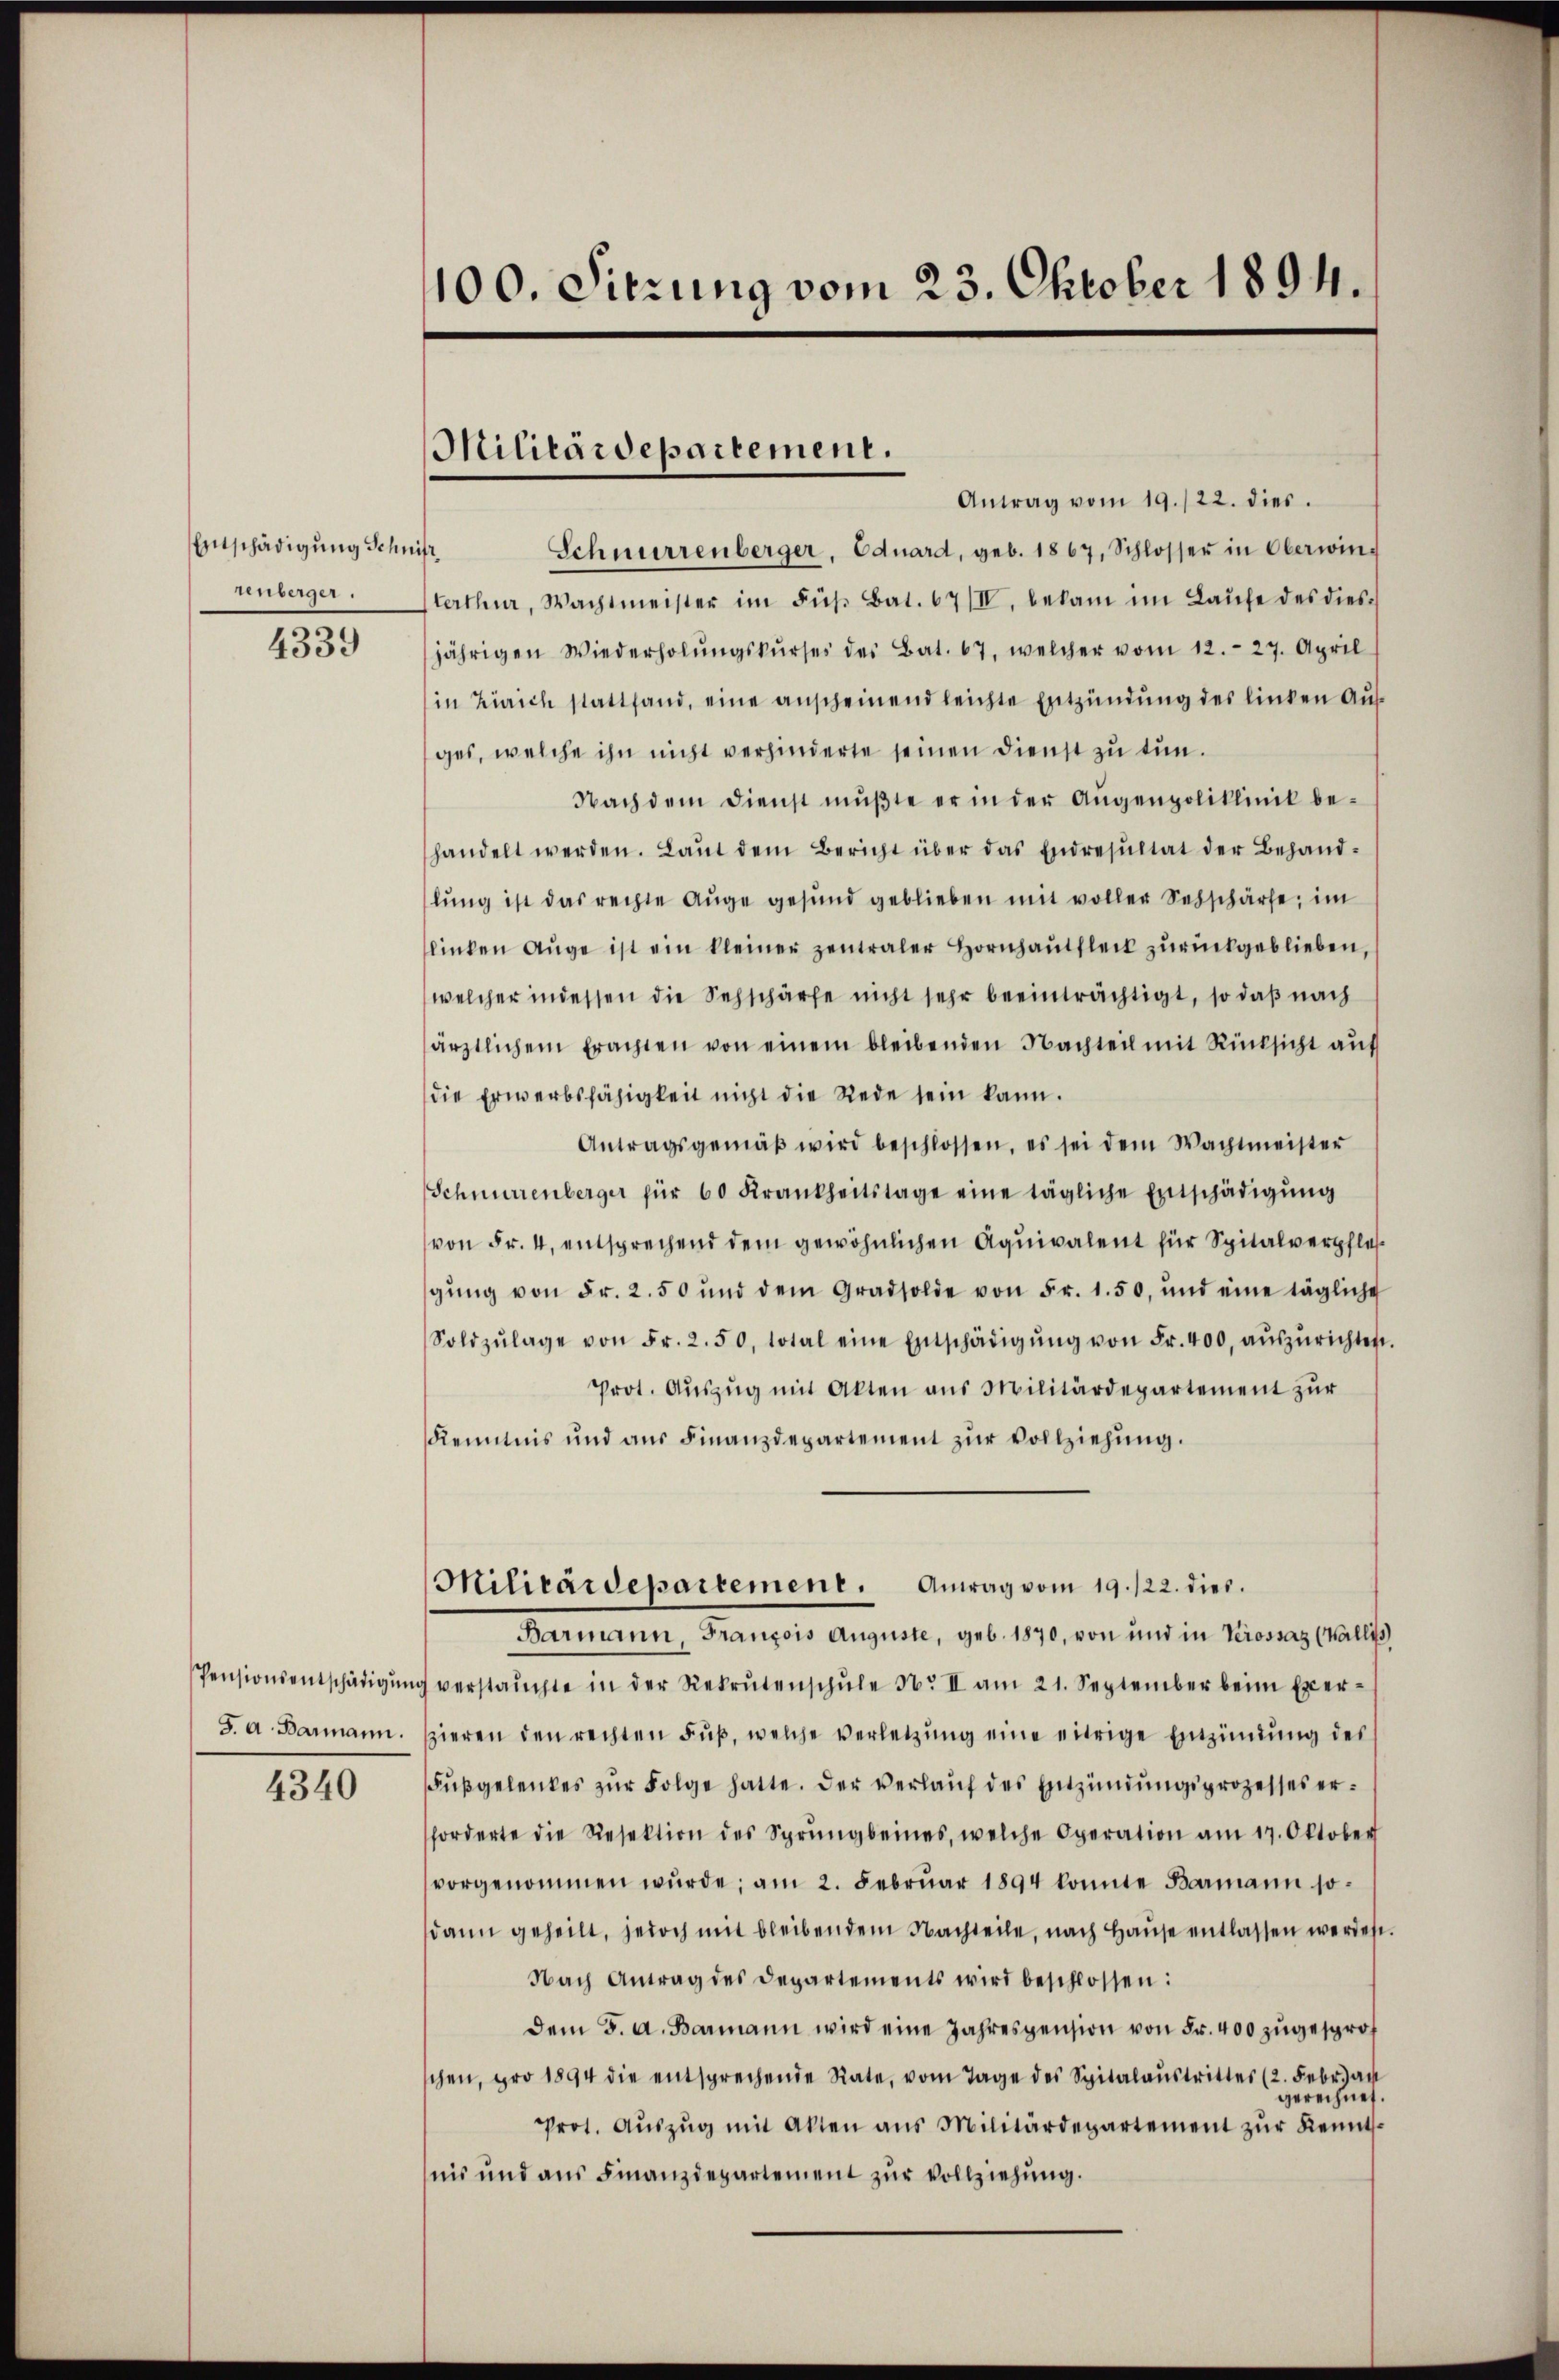
Entschädigung Schnitt.
unberger.
4339

Pensionsentschädigung
J. A. Barmann.

4340

100. Sitzung vom 23. Oktober 1894.

Militärdepartement.

Antrag vom 19./22. dies
Schnurrenberger, Eduard, geb. 1867, Schlosser in Oberwinterthur, Wachtmeister im Füh. Bat. 67/II. bekam im Laŭfe des diesjährigen Wiederholŭngskŭrses des Bat. 67, welcher vom 12. 27. April
in Zürich stattfand, eine anscheinend leichte Entzündung des linken Aufges, welche ihn nicht verhinderte seinen Dienst zu tun.
Nach dem dienst mŭβte er in der Augenpoliklinik be-
handelt werden. Laut dem Bericht über das Endresultat der Behandlŭng ist das rechte Aŭge gesund geblieben mit voller Sehschärfe; im
linken Aŭge ist ein kleiner zentraler Hornhaŭtfleck zurückgeblieben,
welcher indessen die Sehschärfe nicht sehr beeinträchtigt, so daß nach
ärztlichem Erachten von einem bleibenden Nachteil mit Rücksicht aŭf
die Erwerbsfähigkeit nicht die Rede sein kann.
Antragsgemäβ wird beschlossen, es sei dem Wachtmeister
Schnurrenberger für 60 Krankheitstage eine tägliche Entschädigŭng
von Fr. 4, entsprechend dem gewöhnlichen Aquivalent für Spitalverpflegŭng von Fr. 2.50 und dem Gradsolde von 5 r. 1. 50, und eine tägliche
Soldzŭlage von Fr. 2. 50, total eine Entschädigŭng von Fr. 400, aŭszŭrichten.
Prot. Aŭszŭg mit Akten aus Militärdepartement zŭr
Kenntnis und aŭs Finanzdepartement zŭr Vollziehŭng.
Militärdepartement. Antrag vom 19. 122. dies
Barmann, François Auguste, geb. 1870, von und in Verossaz (Wallis
verstauchte in der Rekrutenschŭle 36. II am 21. September beim Exerzieren den rechten Fuß, welche Verletzŭng eine eitrige Entzündung des
Fŭβgelenkes zŭr Folge hatte. Der verlaŭf des Entzündŭngsprozesses er-
forderte die Resektion des Sprŭngseines, welche Operation am 17. Oktober
vorgenommen wŭrde; am 2. Febrŭar 1894 konnte Barmann sodann geheilt, jedoch mit bleibendem Nachteile, nach Haŭse entlassen werden.
Nach Antrag des Departements wird beschlossen:
dem 5. a. Barmann wird eine Jahrespension von Fr. 400 zugesproch
schen, pro 1894 die entsprechende Rate, vom Tage des Spitalaŭstrittes (2. Febr. au
gerechnet.
Prot. Aŭszŭg mit Akten ans Militärdepartement zŭr Kennt-
nis und ans Finanzdepartement zŭr Vollziehŭng.